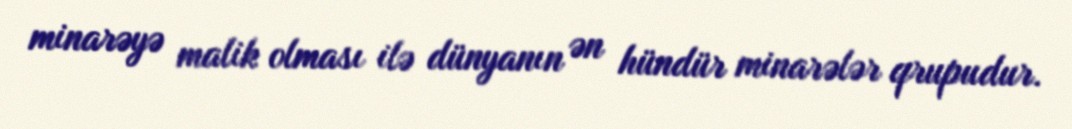
minarəyə malik olması ilə dünyanın ən hündür minarələr qrupudur.